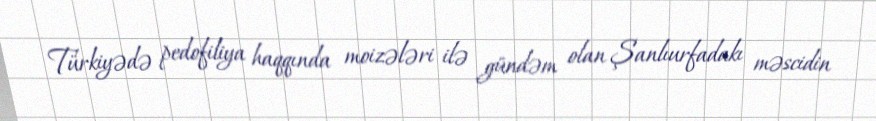
Türkiyədə pedofiliya haqqında moizələri ilə gündəm olan Şanlıurfadakı məscidin